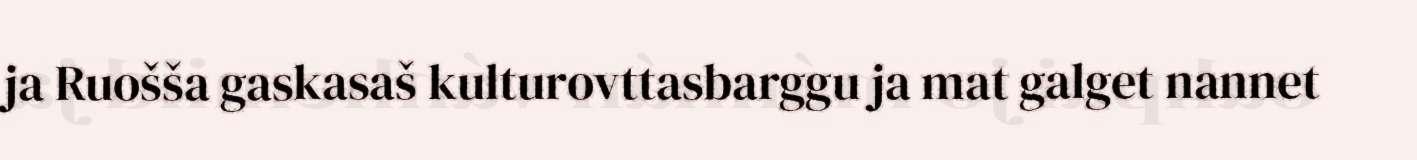
ja Ruošša gaskasaš kulturovttasbarggu ja mat galget nannet